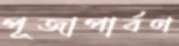
পূজাপার্বণ